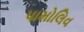
પામોલિવ